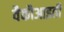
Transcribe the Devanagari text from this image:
वैकौआइती